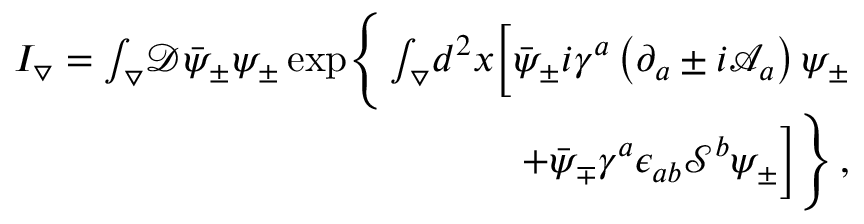
\begin{array} { r } { I _ { \triangledown } = \int _ { \triangledown } \! \mathcal { D } \bar { \psi } _ { \pm } \psi _ { \pm } \exp \! \Bigg \{ \int _ { \triangledown } \! d ^ { 2 } x \Big [ \bar { \psi } _ { \pm } i \gamma ^ { a } \left( \partial _ { a } \pm i \mathcal { A } _ { a } \right) \psi _ { \pm } } \\ { \quad \ + \bar { \psi } _ { \mp } \gamma ^ { a } \epsilon _ { a b } \mathcal { S } ^ { b } \psi _ { \pm } \Big ] \Bigg \} \, , } \end{array}